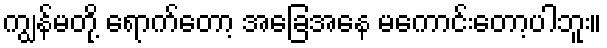
ကျွန်မတို့ ရောက်တော့ အခြေအနေ မကောင်းတော့ပါဘူး။